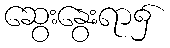
ဆွေးနွေးရာ၌